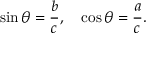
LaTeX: \sin \theta = { \frac { b } { c } } , \quad \cos \theta = { \frac { a } { c } } .